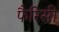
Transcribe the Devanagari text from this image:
फैरिसी